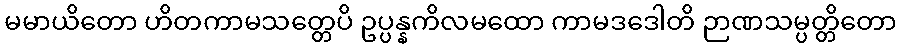
မမာယိတော ဟိတကာမသတ္တေပိ ဥပ္ပန္နကိလမထော ကာမဒဒေါတိ ဉာဏသမ္ပတ္တိတော